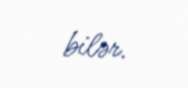
bilər.